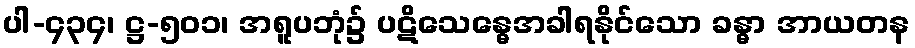
ပါ-၄၃၄၊ ဋ္ဌ-၅၀၁၊ အရူပဘုံ၌ ပဋိသေန္ဓေအခါရနိုင်သော ခန္ဓာ အာယတန